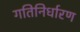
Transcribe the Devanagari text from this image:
गतिनिर्धारण